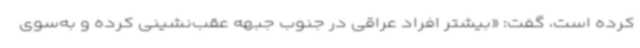
کرده است، گفت: «بیشتر افراد عراقی در جنوب جبهه عقب‌نشینی کرده و به‌سوی